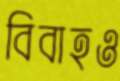
বিবাহও